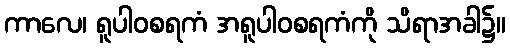
ကာလေ၊ ရူပါဝစရကံ အရူပါဝစရကံကို သိရာအခါ၌။